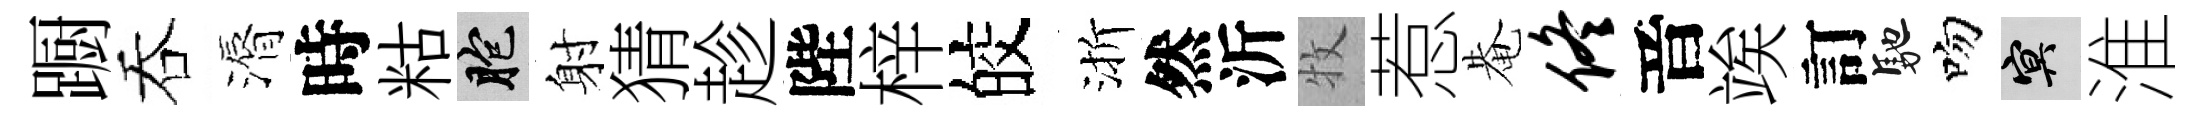
蹰吞漘時䊀胞射猜趁陛梓皎渐然沂牧惹𤲅佟音竢訂馳吻冥淮